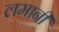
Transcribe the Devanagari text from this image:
लमानी